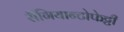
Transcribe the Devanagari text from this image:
सैंगियान्टोफेट्टी